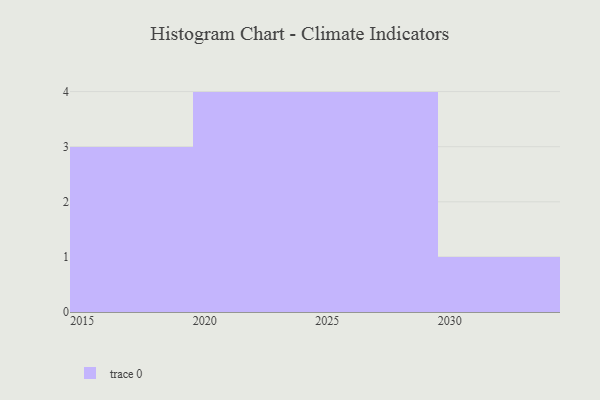
{"axis": {"x": "Year", "y": "Market Share (%)"}, "legend": [""], "data": [{"x": "2022", "y": 46, "type": ""}, {"x": "2028", "y": 2, "type": ""}, {"x": "2020", "y": 55, "type": ""}, {"x": "2021", "y": 61, "type": ""}, {"x": "2017", "y": 44, "type": ""}, {"x": "2030", "y": 9, "type": ""}, {"x": "2027", "y": 20, "type": ""}, {"x": "2025", "y": 59, "type": ""}, {"x": "2026", "y": 7, "type": ""}, {"x": "2018", "y": 66, "type": ""}, {"x": "2016", "y": 69, "type": ""}, {"x": "2024", "y": 21, "type": ""}]}